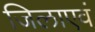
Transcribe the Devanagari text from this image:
जिलाएवं